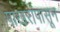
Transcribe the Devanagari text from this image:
पाखरांपासून